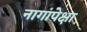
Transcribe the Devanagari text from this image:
नागांपेक्षा